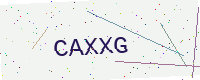
Text: CAXXG